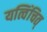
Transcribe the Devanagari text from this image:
यत्विंचित्